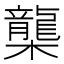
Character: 㰍